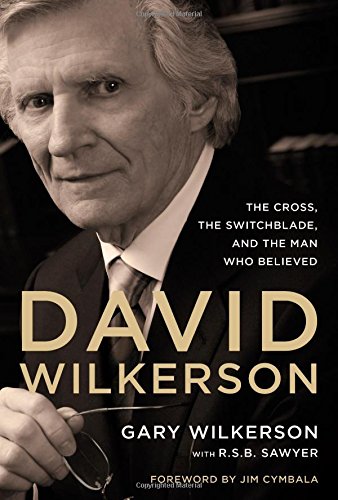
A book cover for David Wilkerson: The Cross, the Switchblade, and the Man Who Believed; Gary Wilkerson; Biographies & Memoirs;